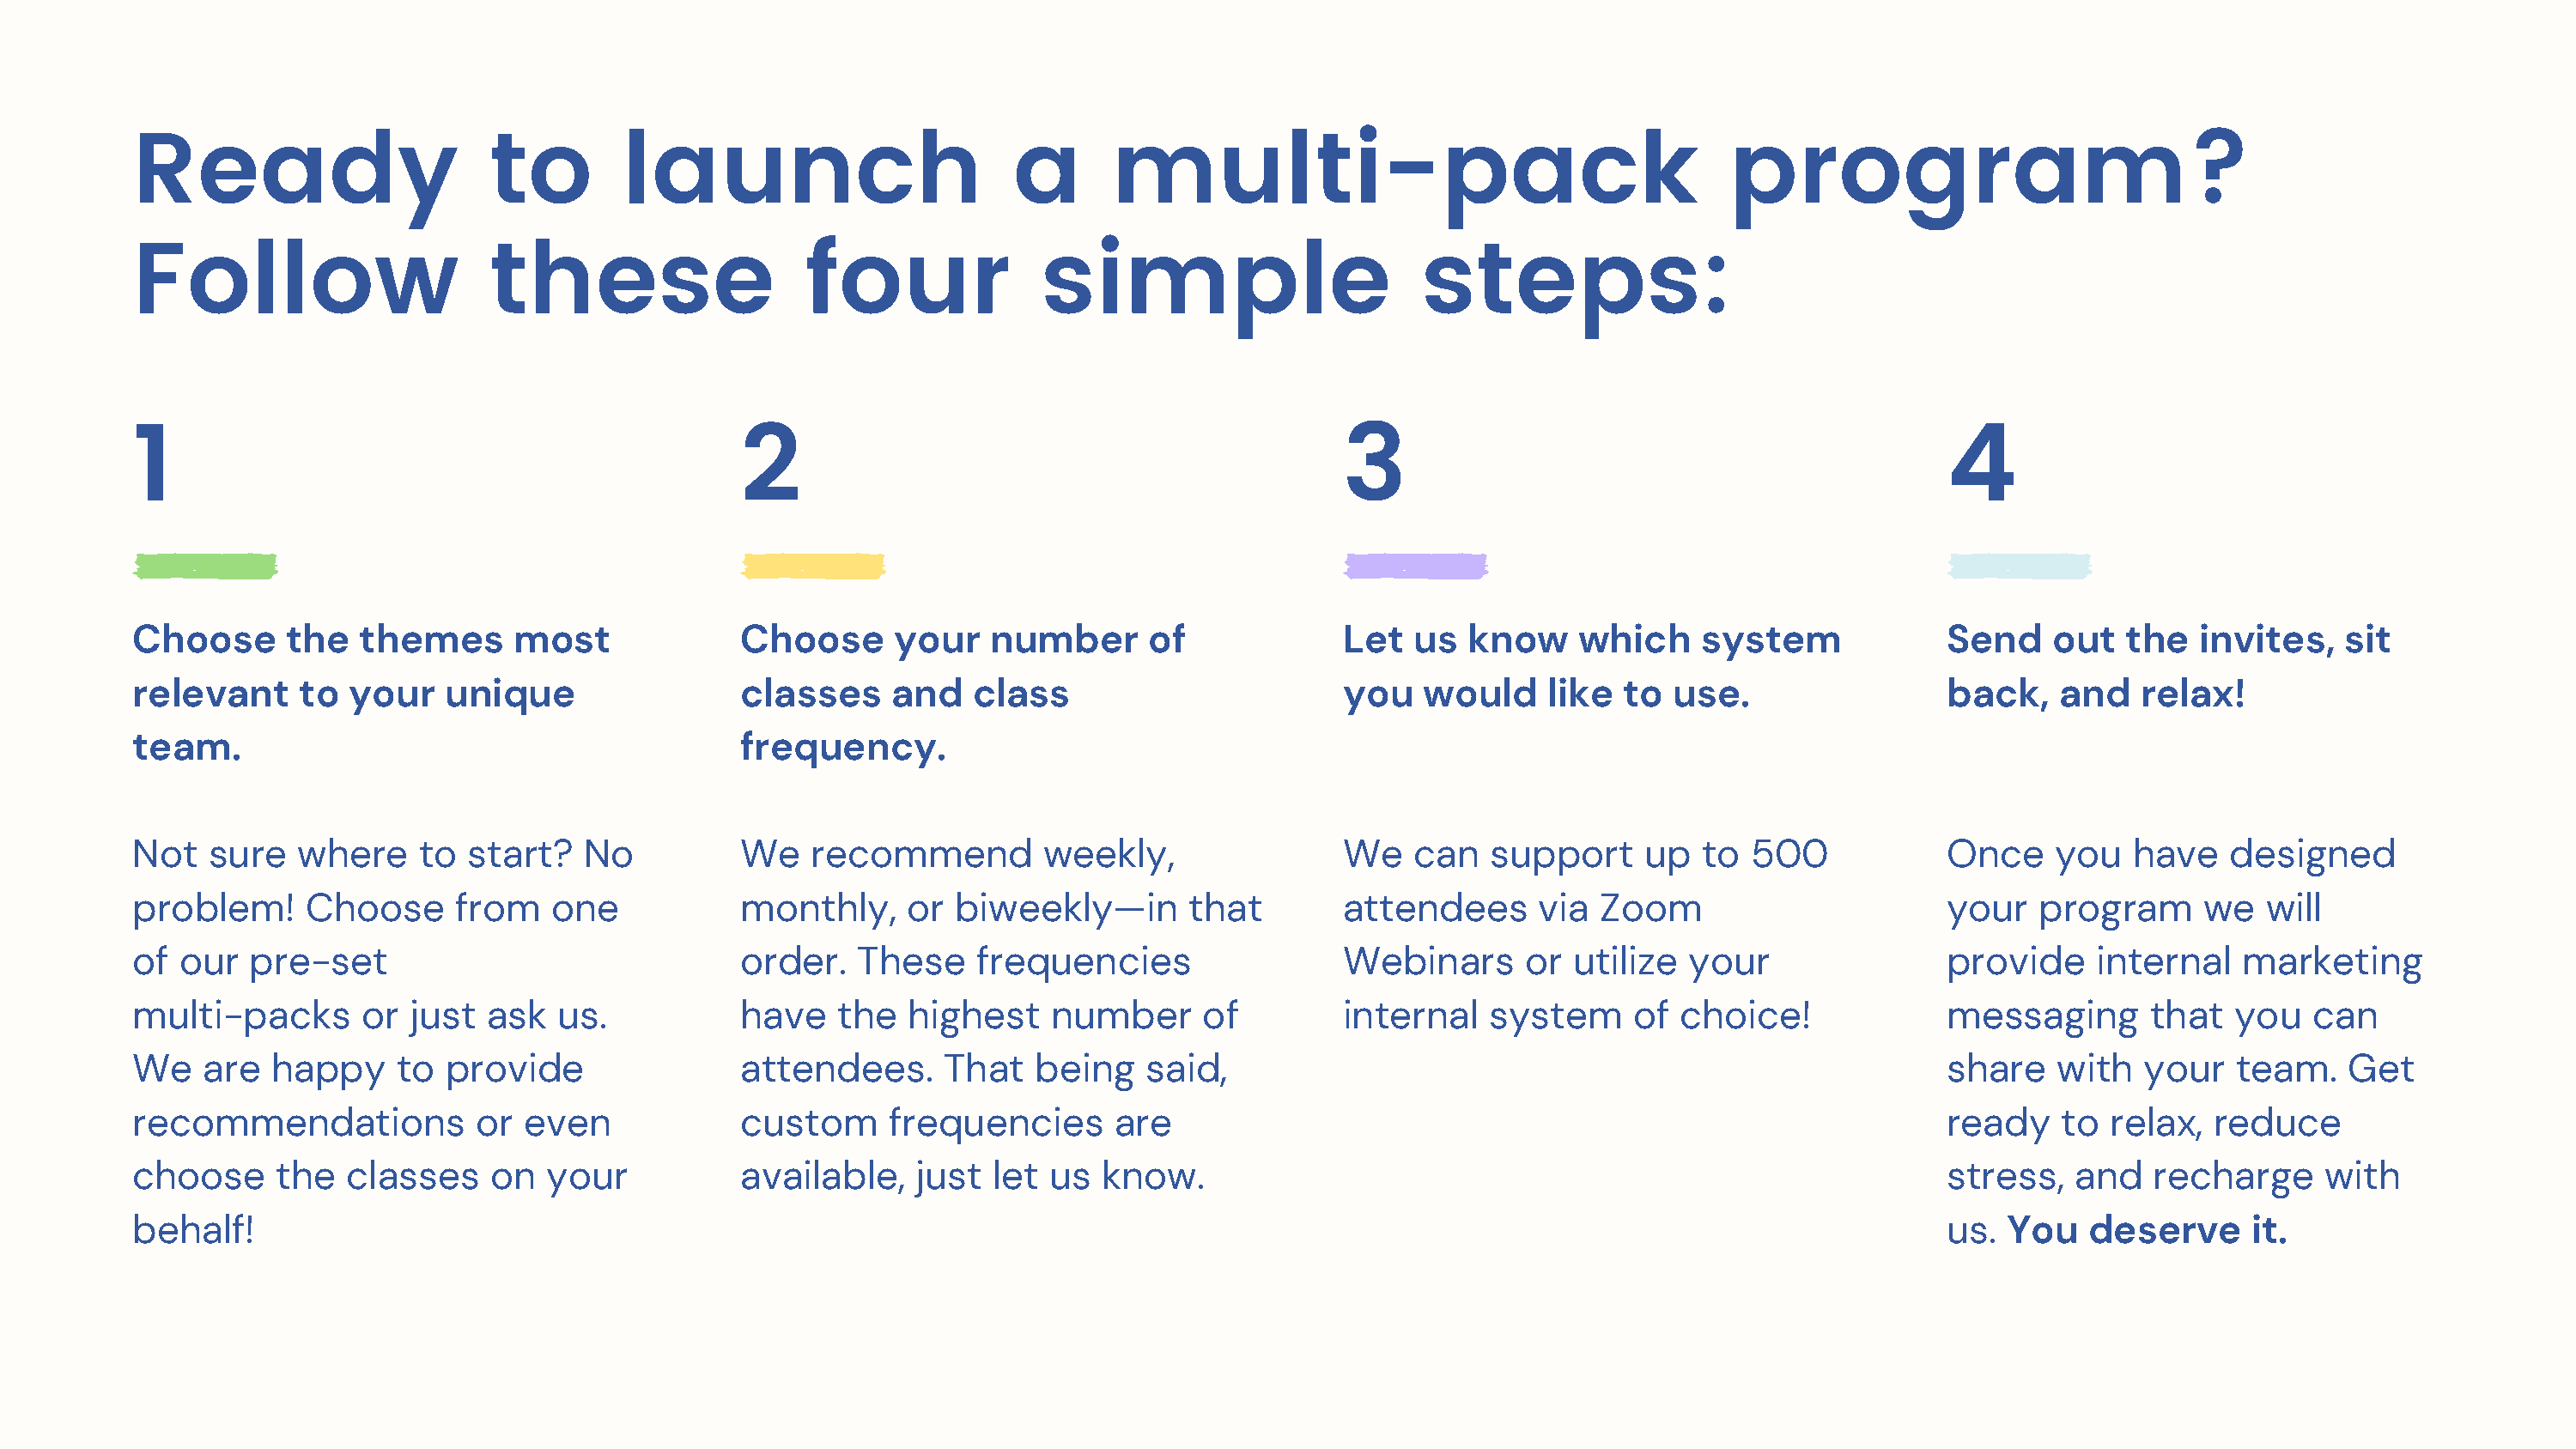
Ready                       to        launch                        a       multi-pack                                     program?
 Follow                      these                   four              simple                        steps:
 1                                              2                                              3                                             4
 Choose      the   themes      most             Choose      your   number       of             Let  us  know     which    system             Send    out   the   invites,   sit
 relevant     to  your   unique                 classes     and   class                        you   would    like  to  use.                 back,    and   relax!
 team.                                          frequency.
 Not   sure   where    to  start?   No          We    recommend        weekly,                 We   can   support     up  to  500            Once    you   have    designed
 problem!      Choose     from   one            monthly,     or  biweekly—in       that        attendees      via Zoom                       your   program      we   will
 of  our  pre-set                               order.   These    frequencies                  Webinars      or utilize  your                provide     internal   marketing
 multi-packs       or  just  ask  us.           have    the  highest    number      of         internal   system     of  choice!             messaging       that  you   can
 We    are  happy     to provide                attendees.      That   being   said,                                                         share    with  your   team.    Get
 recommendations            or even             custom      frequencies      are                                                             ready    to  relax,  reduce
 choose     the   classes    on  your           available,    just  let us  know.                                                            stress,   and   recharge     with
 behalf!                                                                                                                                     us.  You   deserve      it.